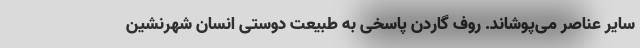
سایر عناصر می‌پوشاند. روف گاردن پاسخی به طبیعت دوستی انسان شهرنشین